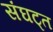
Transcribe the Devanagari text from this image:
संघट्त